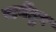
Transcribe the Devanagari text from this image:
रार्वेंतुर